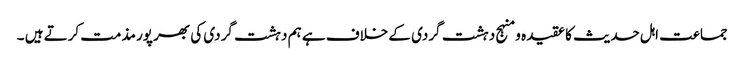
جماعت اہل حدیث کا عقیدہ و منہج دہشت گردی کے خلاف ہے ہم دہشت گردی کی بھر پور مذمت کرتے ہیں ۔